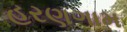
હરણગામ